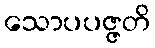
သောပပဇ္ဇတိ